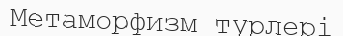
Метаморфизм түрлері